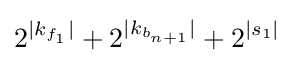
2^{|k_{f_{1}}|}+2^{|k_{b_{n+1}}|}+2^{|s_{1}|}